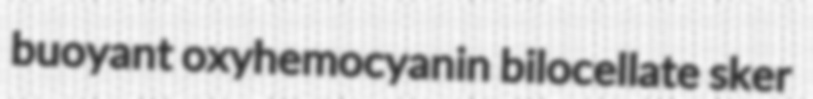
buoyant oxyhemocyanin bilocellate sker